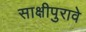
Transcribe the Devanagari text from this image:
साक्षीपुरावे